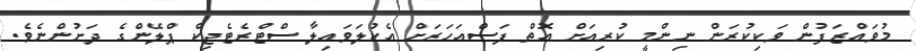
މުވަައްޒަފުން ވަކިކުރަން ނިންމީ ކުރިއަށް އޮތް ފަސްއަހަރަށް އެކުލަވައިލާ ސްޓްރެޓެޖިކް ޕްލޭންގެ ދަށުންނެވެ.